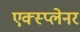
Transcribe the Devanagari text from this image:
एक्स्प्लेनर